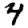
Digit: 4